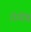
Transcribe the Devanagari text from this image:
रोगीष्ट